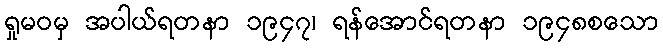
ရှုမဝမှ အပါယ်ရတနာ ၁၉၄၇၊ ရန်အောင်ရတနာ ၁၉၄၈စသော